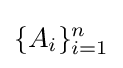
\{A_{i}\}_{i=1}^{n}